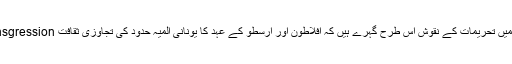
قدیم یونانی اساطیری داستانوں میں تحریمات کے نقوش اس طرح گہرے ہیں کہ افلاطون اور ارسطو کے عہد کا یونانی المیہ حدود کی تجاوزی ثقافت transgression سے مشروط نظر آتا ہے۔